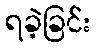
ရခဲ့ခြင်း